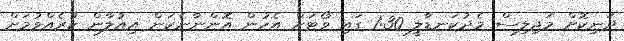
ދަނިކޮށް މަޖިލިސް މެދުކަނޑާލީ 1:30 ގައި ވޯޓަށް އެހުން އޮންނާނެކަން އިއުލާން ކުރެއްވުމަށް